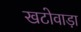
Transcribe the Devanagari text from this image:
खटोवाड़ा